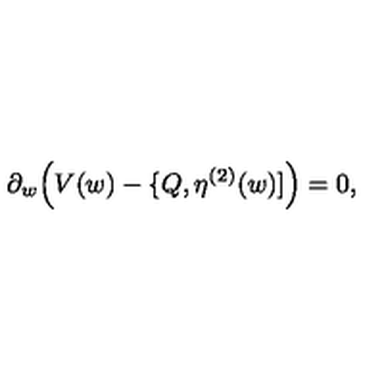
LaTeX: \partial _ { w } \Big ( V ( w ) - \{ Q , \eta ^ { ( 2 ) } ( w ) ] \Big ) = 0 ,